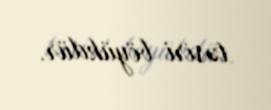
təsiri böyükdür.